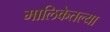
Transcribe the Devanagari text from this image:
मालिकेतल्या